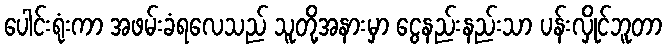
ပေါင်းရုံးကာ အဖမ်းခံရလေသည် သူတို့အနားမှာ ငွေနည်းနည်းသာ ပန်းလှိုင်ဘူတာ